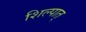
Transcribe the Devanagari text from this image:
शिल्पात्